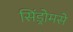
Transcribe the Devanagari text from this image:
सिंड्रोमसे